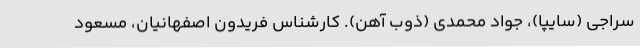
سراجی (سایپا)، جواد محمدی (ذوب آهن). کارشناس فریدون اصفهانیان، مسعود